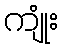
ကျုံး